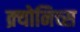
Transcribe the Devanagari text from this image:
क्र्योनिच्स